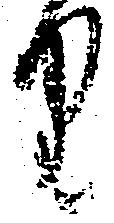
り